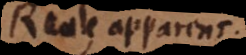
Reale, apparens.